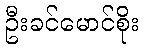
ဦးခင်မောင်စိုး